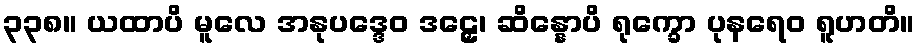
၃၃၈။ ယထာပိ မူလေ အနုပဒ္ဒေဝ ဒဠှေ၊ ဆိန္နောပိ ရုက္ခော ပုနရေဝ ရူဟတိ။